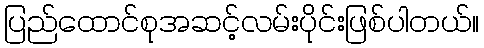
ပြည်ထောင်စုအဆင့်လမ်းပိုင်းဖြစ်ပါတယ်။